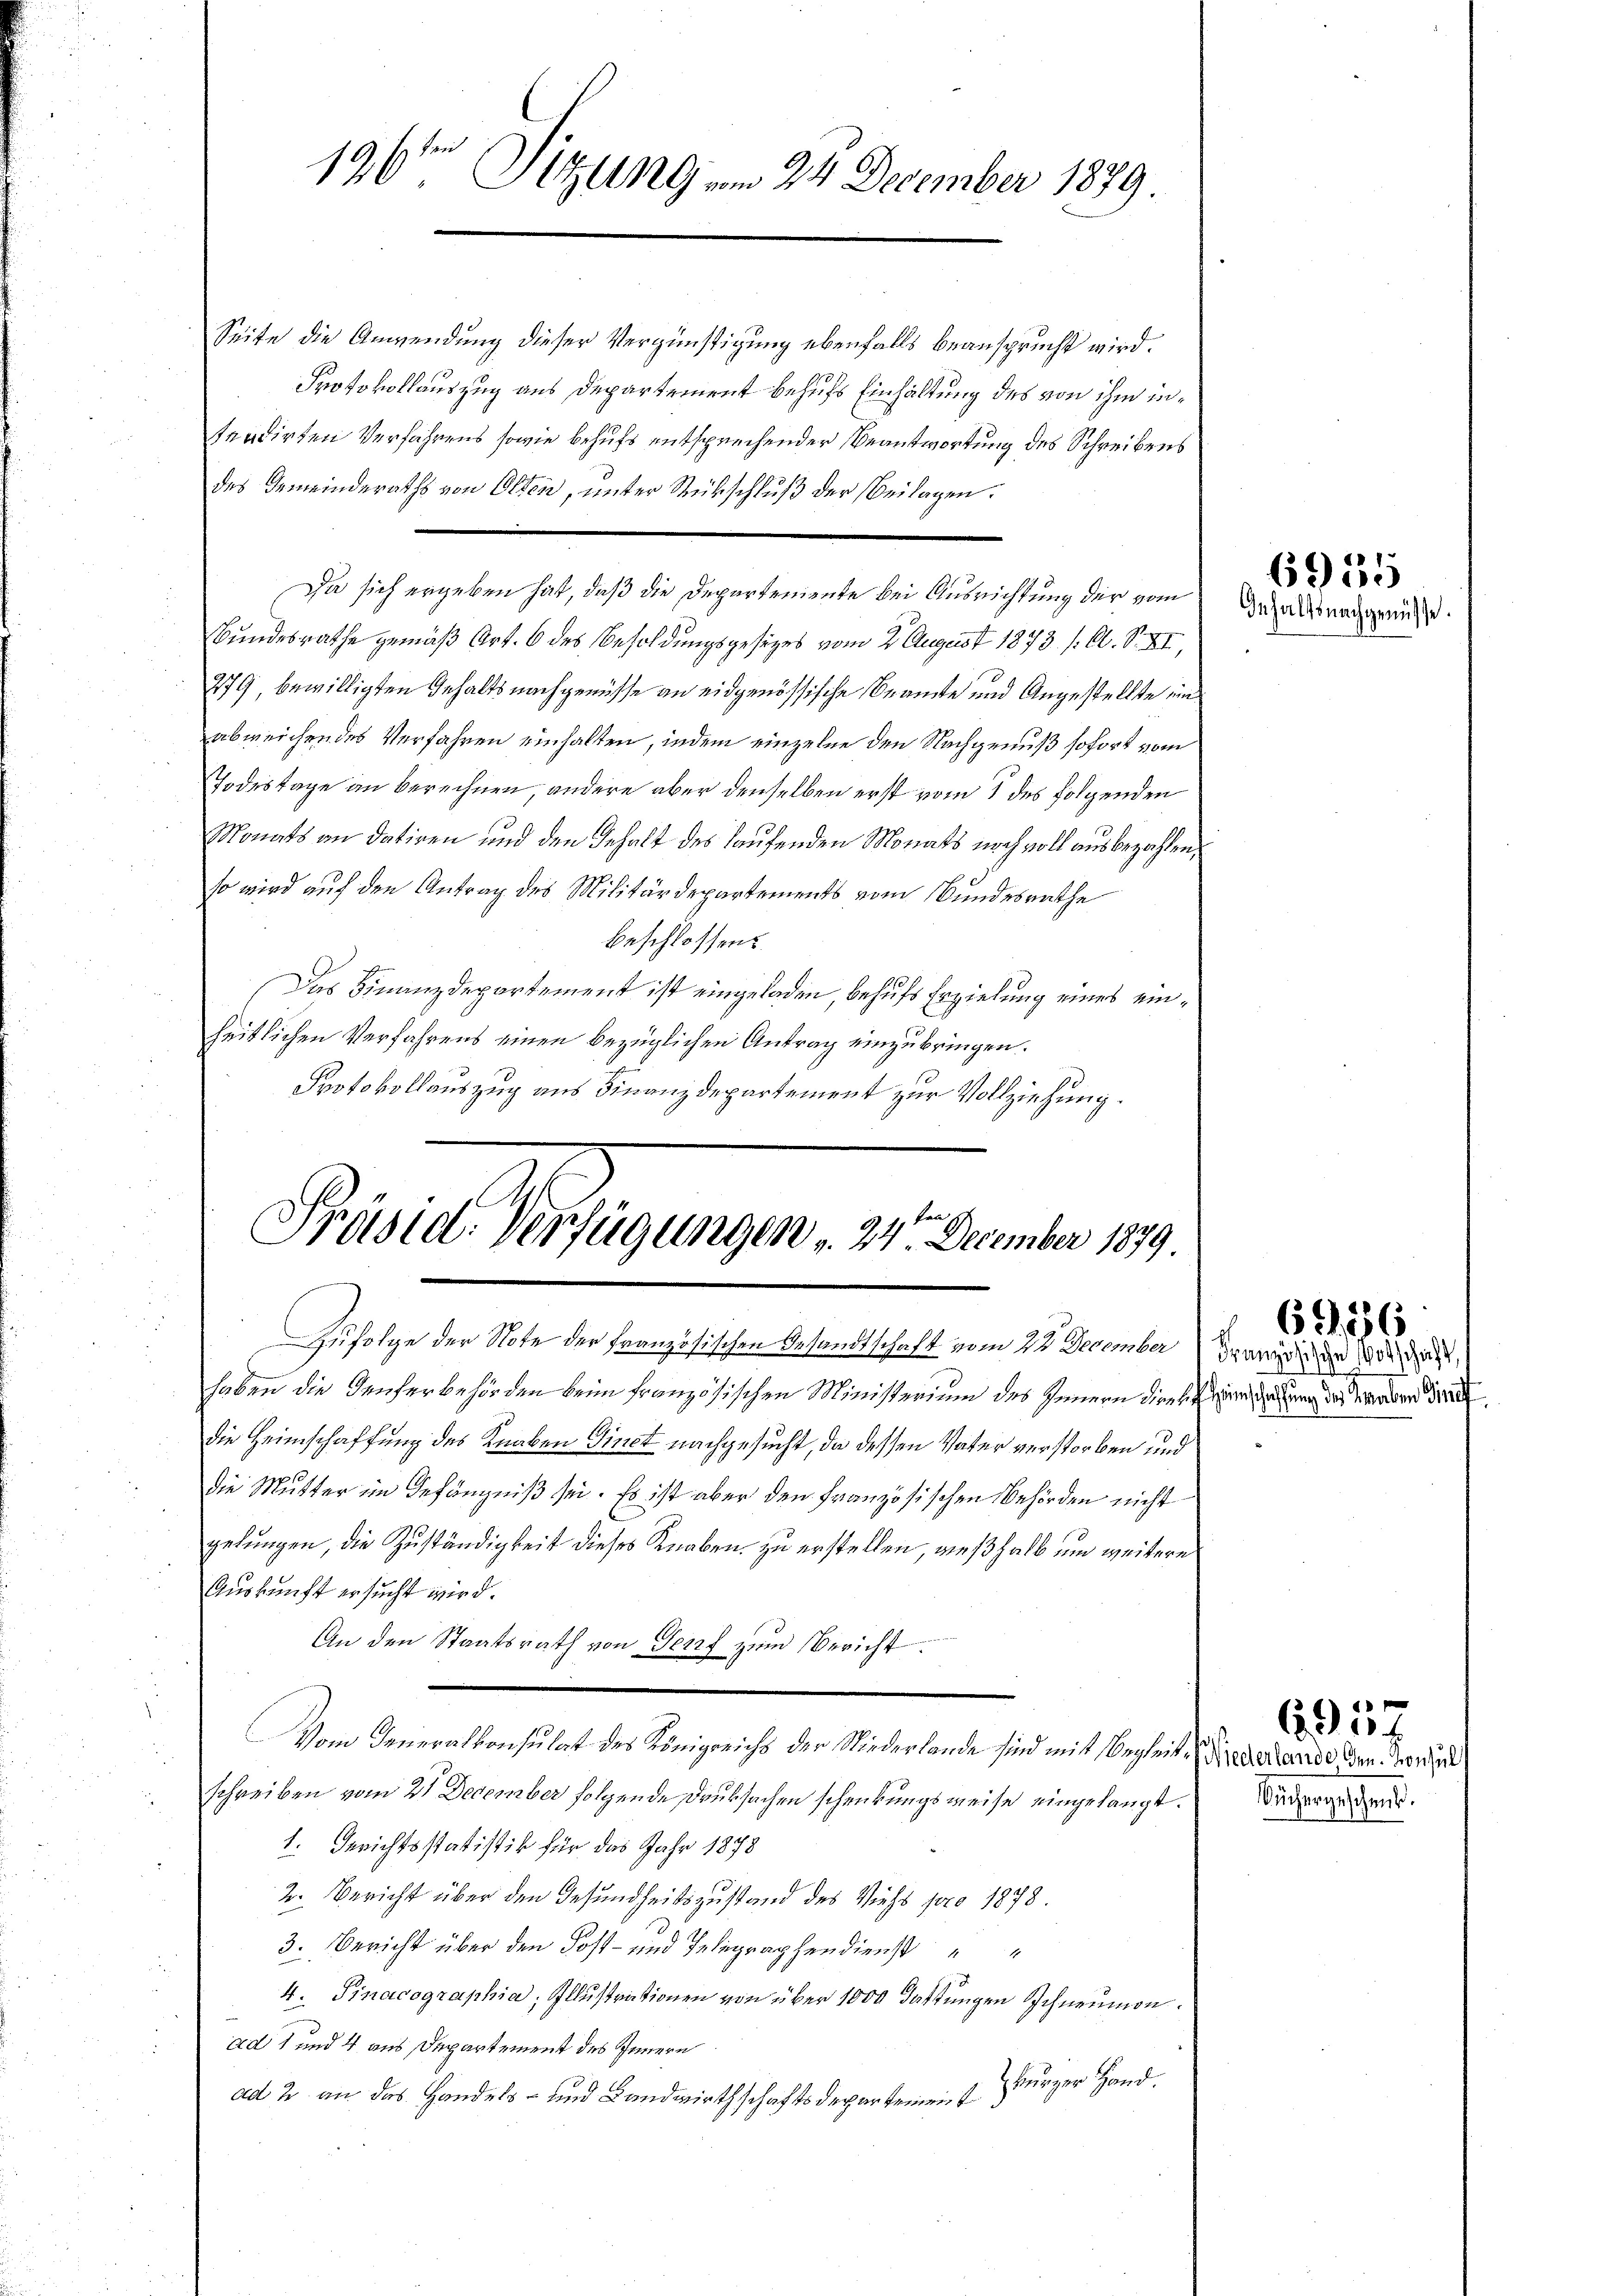
196ten Sitzung am 24 December 1879.

Seite die Anwendung dieser Vergünstigung ebenfalls beansprucht wird.
Protokollauszug aus Departement behufs Einhaltung des von ihm intendirten Verfahrens sowie behufs entsprechender Beantwortung des Schreibens
des Gemeinderaths von Olten, unter Rückschluß der Beilagen.
Da sich ergeben hat, daß die Departemente bei Ausrichtung der vom
Bundesrathe gemäß Art. 6 des Besoldungsgesezes vom 2. August 1873. /: O. S. XI,
279, bewilligten Gehalts nachgenüsse an eidgenössische Beamte und Angestellte un
abweichendes Verfahren einhalten, indem einzelne den Nachgenuß sofort vom
Todestage an berechnen, andere aber denselben erst vom 1 des folgenden
Monats an datiren und den Inhalt des laufenden Monats noch voll ausbezahlen,
so wird auf den Antrag des Militärdepartements vom Bundesrathe
beschlossen:
Das Finanzdepartement ist eingeladen, behufs Erzielung eines einheitlichen Verfahrens einen bezüglichen Antrag einzubringen.
.
Protokollauszug aus Finanzdepartement zur Vollziehung.

Präsid. Verfügungen " 24. December 1879.
Zufolge der Note der französischen Gesandtschaft vom 22. December Franz die er die das,

haben die Teuferbehörden beim französischen Ministerium des Innern diesen eines Gesung das Walden dritt
die Heimschaffung des Knaben Sinet nachgesucht, da dessen Vater verstorben und
die Mutter im Gefängniß sei. Es ist aber den Französischen Behörden nicht
gelungen, die Zuständigkeit dieses Knaben zu erstellen, weßhalb um weitere
Auskunft ersucht wird.
An den Staatsrath von Genf zum Bericht.
Vom Generalkonsulat des Königreichs der Niederlande sind mit Begleit. Niedernde den Vorzune
schreiben vom 21 December folgende Druksachen schenkungsweise eingelangt.
1. Gerichtsstatistik für das Jahr 1878
2. Bericht über den Gesundheitszustand des Viehs pro 1878.
3. Bericht über den Post- und Telegraphendienst
4. Finacographia, Illustrationen von über 1000 dastungen Schneumon.
ad 1 und 4 aus Departement des Innern
kurger Hand.
ad 2. an das Handels- und Landwirthschaftsdepartement

6955
Inhalts nachgenüsse.

6956

Büchergescheint.

657